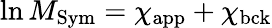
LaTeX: \ln M_{\mathrm{Sym}}=\chi_{\mathrm{app}}+\chi_{\mathrm{bck}}